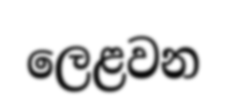
ලෙළවන